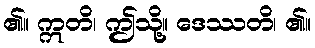
၏။ ဣတိ၊ ဤသို့။ ဒေဿတိ၊ ၏။